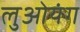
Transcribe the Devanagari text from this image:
लुओयंग